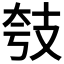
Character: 𱡗